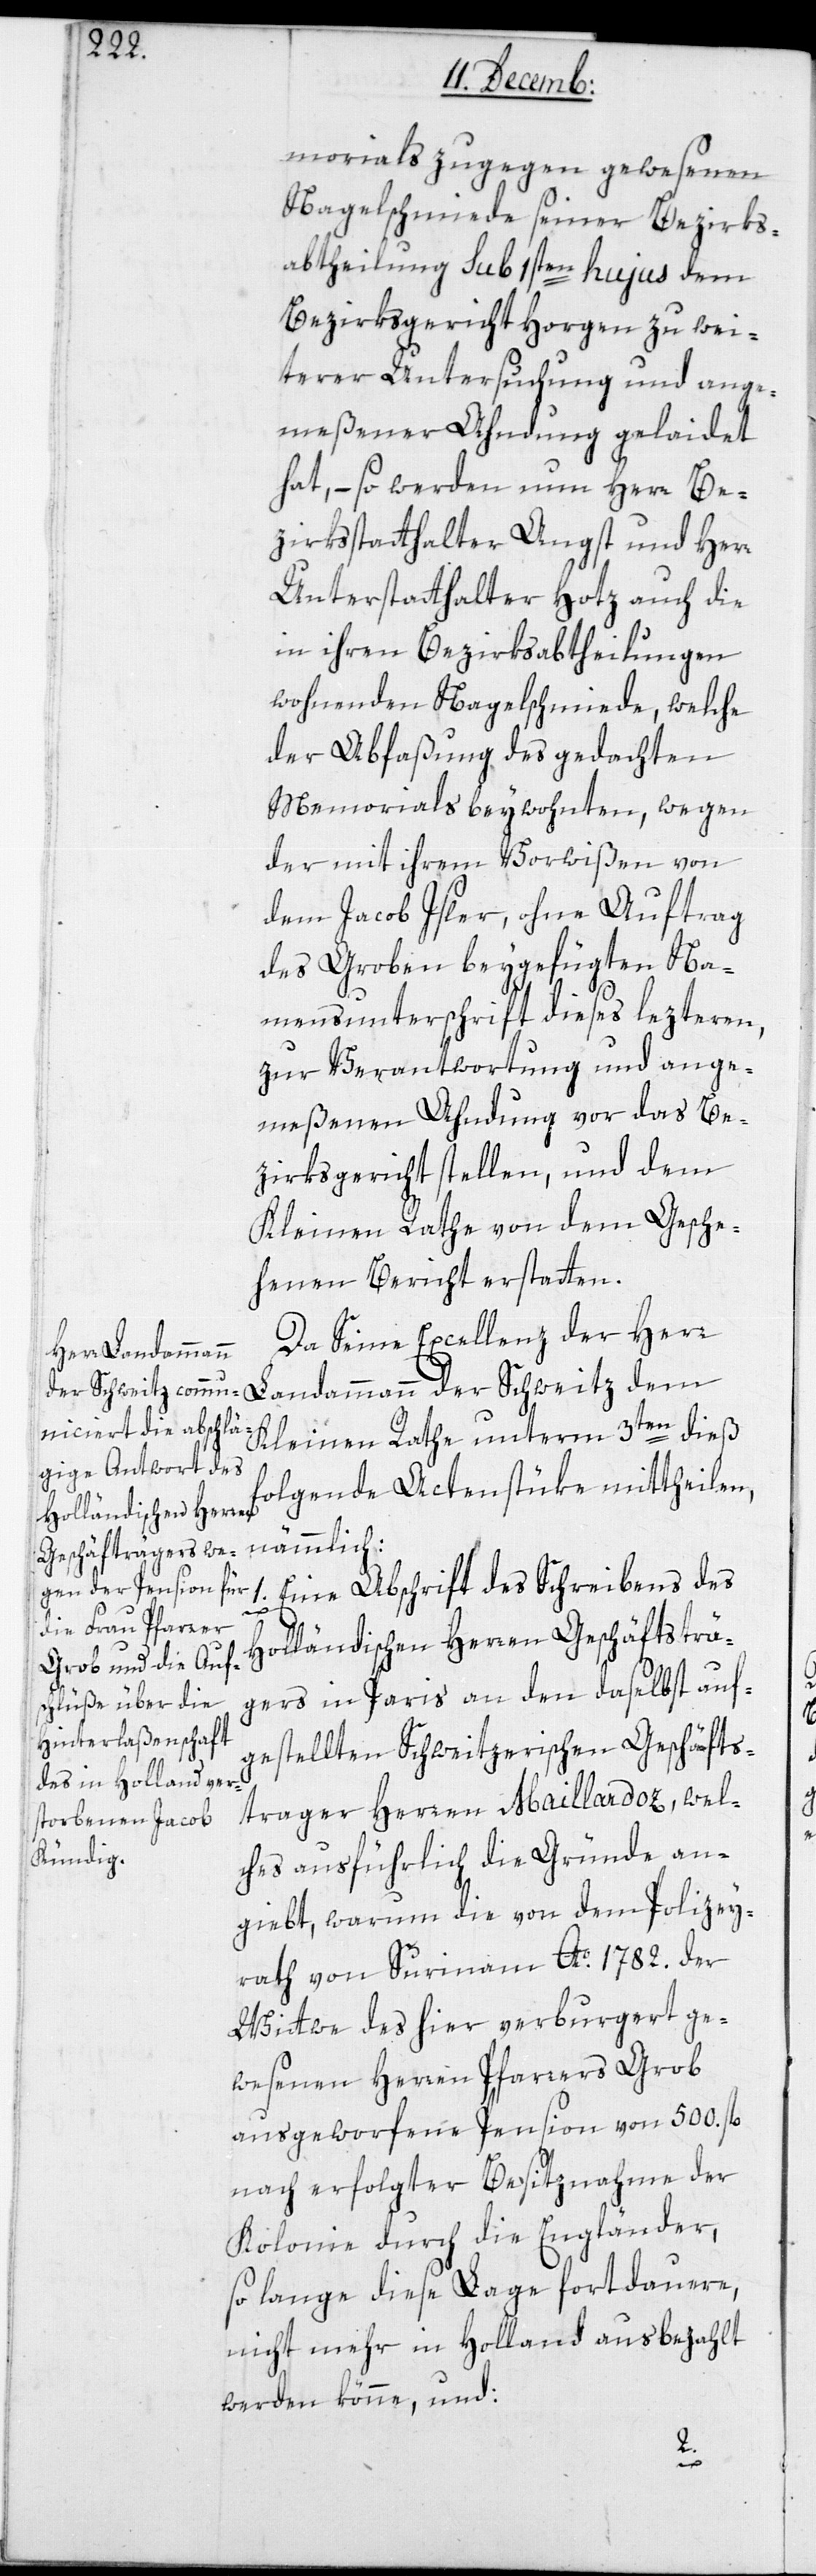
morials zugegen gewesenen
Nagelschmiede seiner Bezirks¬
abtheilung sub 1sten hujus dem
Bezirksgericht Horgen zu wei¬
terer Untersuchung und ange¬
meßener Ahndung gelaidet
hat, – so werden nun Herr Be¬
zirksstatthalter Angst und Herr
Unterstatthalter Hotz auch die
in ihren Bezirksabtheilungen
wohnenden Nagelschmiede, welche
der Abfaßung des gedachten
Memorials beywohnten, wegen
der mit ihrem Vorwißen von
dem Jacob Isler, ohne Auftrag
des Groben beygefügten Na¬
mensunterschrift dieses lezteren,
zur Verantwortung und ange¬
meßenen Ahndung vor das Be¬
zirksgericht stellen, und dem
Kleinen Rathe von dem Gesche¬
henen Bericht erstatten.
Da Seine Excellenz der Her¬
r Landammann
Kleinen Rathe unterm 3ten dieß,
folgende Actenstüke mittheilen,
nämmlich:
1. Eine Abschrift des Schreibens des
Holländischenn Herren Geschäftsträ¬
gers in Paris an den daselbst auf¬
gestellten Schweitzerischen Geschäfts¬
träger Herren Maillardoz, wel¬
ches ausführlich die Gründe an¬
giebt, warum die von dem Polizey¬
rath von Surinam Ao. 1782. der
Wittwe des hier verburgert ge¬
wesenen Herren Pfarrers Grob
ausgeworfene Pension von 500. fl.
nach erfolgter Besitznahme der
Kolonie durch die Engländer,
so lange diese Lage fortdauere,
nicht mehr in Holland ausbezahlt
werden könne, und:
dem